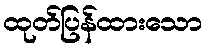
ထုတ်ပြန်ထားသော